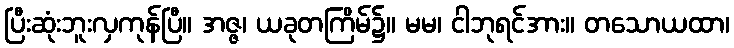
ပြီးဆုံးဘူးလှကုန်ပြီ။ အဇ္ဇ၊ ယခုတကြိမ်၌။ မမ၊ ငါဘုရင်အား။ တသောယထာ၊